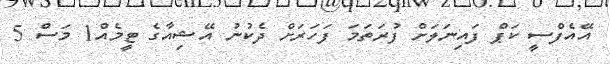
އޭއެފްސީ ކަޕް ފައިނަލަށް ފުރަތަމަ ފަހަރަށް ދެކުނު އޭޝިއާގެ ޓީމެއް1 މަސް 5